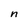
Character: n